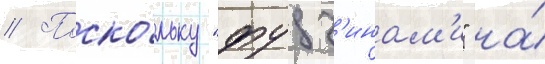
// Поско́льку "фудз'инам'и" на́